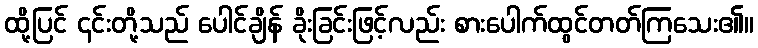
ထို့ပြင် ၎င်းတို့သည် ပေါင်ချိန် ခိုးခြင်းဖြင့်လည်း စားပေါက်ထွင်တတ်ကြသေး၏။